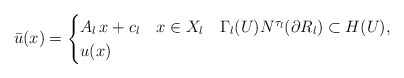
\begin{align*}\bar{u}(x) = \begin{cases} A_l\,x +c_l & x \in X_l \ \ \ \Gamma_l(U) N^{\tau_l}(\partial R_l) \subset H(U), \\u(x) & \end{cases}\end{align*}